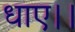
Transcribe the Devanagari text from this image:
धाए।।